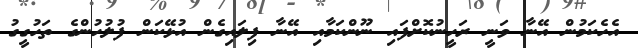
އެހެކަމުން އޭނާ ވަނީ ރަހީނުކޮށްފައި ނޫންކަމާއި އޭނާ ފިލައިގެން އުޅޭކަން ފުލުހުންގެ ތަހުގީގު